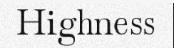
Highness